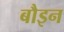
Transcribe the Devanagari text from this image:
बौइन